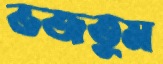
ভজতুম